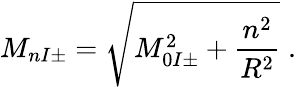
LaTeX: M_{nI\pm}=\sqrt{M_{0I\pm}^{2}+\frac{n^{2}}{R^{2}}}\; .